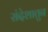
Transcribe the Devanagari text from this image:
संदेशातुन